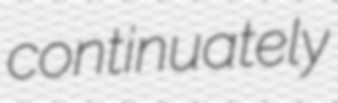
continuately